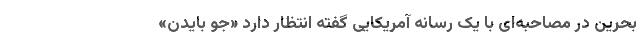
بحرین در مصاحبه‌ای با یک رسانه آمریکایی گفته انتظار دارد «جو بایدن»